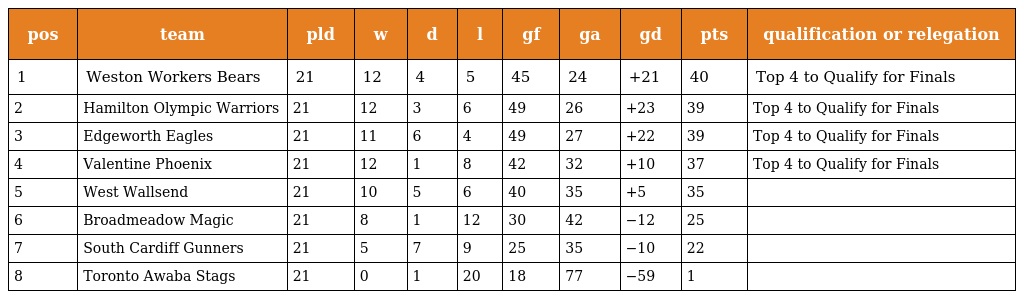
| pos | team | pld | w | d | l | gf | ga | gd | pts | qualification or relegation |
 | --- | --- | --- | --- | --- | --- | --- | --- | --- | --- | --- |
 | 1 | Weston Workers Bears | 21 | 12 | 4 | 5 | 45 | 24 | +21 | 40 | Top 4 to Qualify for Finals |
 | 2 | Hamilton Olympic Warriors | 21 | 12 | 3 | 6 | 49 | 26 | +23 | 39 | Top 4 to Qualify for Finals |
 | 3 | Edgeworth Eagles | 21 | 11 | 6 | 4 | 49 | 27 | +22 | 39 | Top 4 to Qualify for Finals |
 | 4 | Valentine Phoenix | 21 | 12 | 1 | 8 | 42 | 32 | +10 | 37 | Top 4 to Qualify for Finals |
 | 5 | West Wallsend | 21 | 10 | 5 | 6 | 40 | 35 | +5 | 35 |  |
 | 6 | Broadmeadow Magic | 21 | 8 | 1 | 12 | 30 | 42 | −12 | 25 |  |
 | 7 | South Cardiff Gunners | 21 | 5 | 7 | 9 | 25 | 35 | −10 | 22 |  |
 | 8 | Toronto Awaba Stags | 21 | 0 | 1 | 20 | 18 | 77 | −59 | 1 |  |